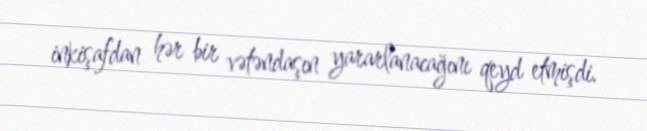
inkişafdan hər bir vətəndaşın yararlanacağını qeyd etmişdi.